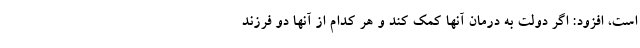
است، افزود: اگر دولت به درمان آنها کمک کند و هر کدام از آنها دو فرزند